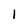
Character: 1